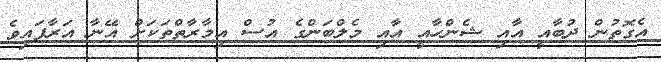
އެގޮތުން ދުބާއީ އާއި ޝެންހާއީ އާއި މެލްބަންގެ އުސް އިމާރާތްތަކަށް އޭނާ އަރާފައިވެ